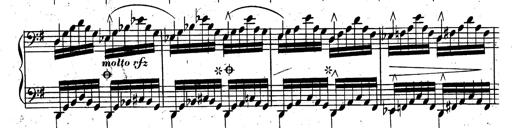
Title: Rondeau fantastique sur un thÃ¨me espagnol
Composer: Franz Liszt